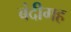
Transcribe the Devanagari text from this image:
बंदीगह